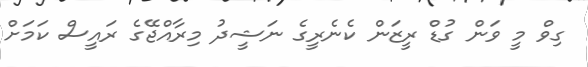
ގިވް މީ ވަން ގުޑް ރީޒަން ކެނެރީގެ ނަޝީދު މިރާއްޖޭގެ ރައީސް ކަމަށް